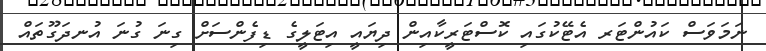
ނަމަވަސް ކައުންޓަރ އެޓޭކުގައި ކޮސްޓަރީކާއިން ދިޔައީ އިޓަލީގެ ޑިފެންސަށް ގިނަ ގުނަ އުނދަގޫތައް